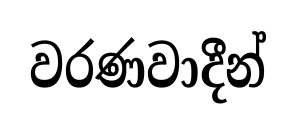
වරණවාදීන්